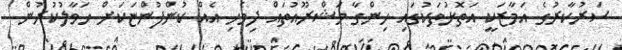
ސަރުކާރުގެ އަމާޒަކީ އަތޮޅުތަކުގައި ހިންގާ މަޝްރޫއުތައް ދިވެހި އެއް ކުންފުންޏަކަށް ހަވާލުކުރުން